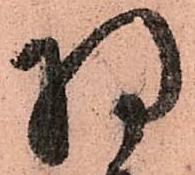
将